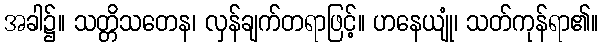
အခါ၌။ သတ္တိသတေန၊ လှန်ချက်တရာဖြင့်။ ဟနေယျုံ၊ သတ်ကုန်ရာ၏။